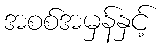
အစစ်အမှန်နှင့်